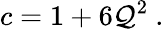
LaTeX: c=1+6\mathcal{Q}^{2}\ .